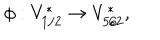
LaTeX: \phi : V _ { 1 / 2 } ^ { * } \rightarrow V _ { 5 / 2 } ^ { * } ,